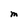
Character: M